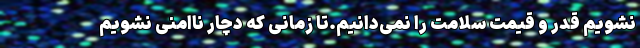
نشویم قدر و قیمت سلامت را نمی‌دانیم.تا زمانی که دچار ناامنی نشویم